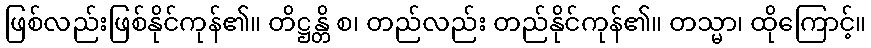
ဖြစ်လည်းဖြစ်နိုင်ကုန်၏။ တိဋ္ဌန္တိ စ၊ တည်လည်း တည်နိုင်ကုန်၏။ တသ္မာ၊ ထိုကြောင့်။